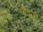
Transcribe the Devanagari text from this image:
बैदजी